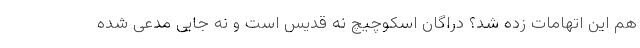
هم این اتهامات زده شد؟ دراگان اسکوچیچ نه قدیس است و نه جایی مدعی شده